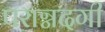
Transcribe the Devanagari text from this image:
पराग्नदगी